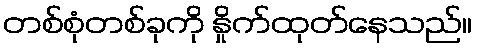
တစ်စုံတစ်ခုကို နှိုက်ထုတ်နေသည်။